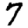
Digit: 7